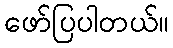
ဖော်ပြပါတယ်။